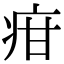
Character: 疳